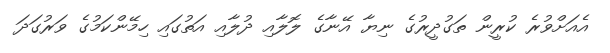
އެއަށްވުރެ ކުރީން ތަގުދީރުގެ ނިޔާ އޭނާގެ ލޮލާއި ދުލާއި އަތުގައި ހިމޭންކަމުގެ ވަރުގަދަ